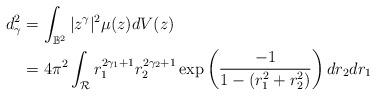
LaTeX: \begin{align*}d_{\gamma}^2&=\int_{\mathbb{B}^2}|z^{\gamma}|^2\mu(z)dV(z)\\&=4\pi^2\int_{\mathcal{R}}r_1^{2\gamma_1+1}r_2^{2\gamma_2+1}\exp \left( \frac{-1}{1-(r_1^2+r_2^2)}\right)dr_2dr_1\end{align*}